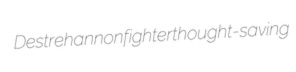
Destrehan nonfighter thought-saving